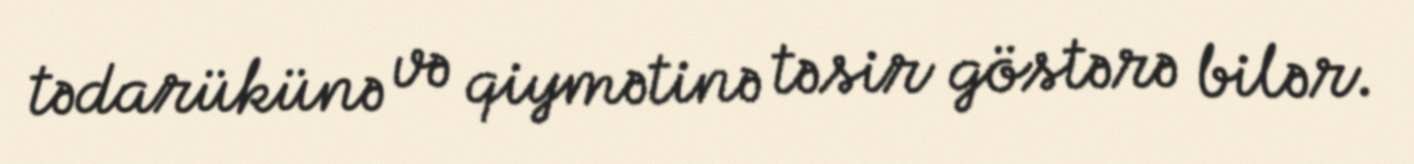
tədarükünə və qiymətinə təsir göstərə bilər.